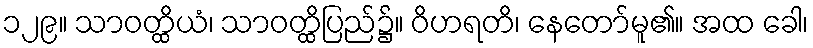
၁၂၉။ သာဝတ္ထိယံ၊ သာဝတ္ထိပြည်၌။ ဝိဟရတိ၊ နေတော်မူ၏။ အထ ခေါ၊